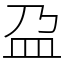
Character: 盁